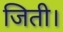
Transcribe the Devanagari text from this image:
जिती।